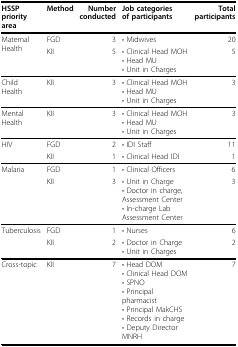
<table><thead><tr><td><b>HSSP priority area</b></td><td><b>Method</b></td><td><b>Number conducted</b></td><td><b>Job categories of participants</b></td><td><b>Total participants</b></td></tr></thead><tbody><tr><td rowspan="2">Maternal Health</td><td>FGD</td><td>3</td><td>• Midwives</td><td>20</td></tr><tr><td>KII</td><td>5</td><td>• Clinical Head MOH• Head MU• Unit in Charges</td><td>5</td></tr><tr><td>Child Health</td><td>KII</td><td>3</td><td>• Clinical Head MOH• Head MU• Unit in Charges</td><td>3</td></tr><tr><td>Mental Health</td><td>KII</td><td>3</td><td>• Clinical Head MOH• Head MU• Unit in Charges</td><td>3</td></tr><tr><td rowspan="2">HIV</td><td>FGD</td><td>2</td><td>• IDI Staff</td><td>11</td></tr><tr><td>KII</td><td>1</td><td>• Clinical Head IDI</td><td>1</td></tr><tr><td rowspan="2">Malaria</td><td>FGD</td><td>1</td><td>• Clinical Officers</td><td>6</td></tr><tr><td>KII</td><td>3</td><td>• Unit in Charge• Doctor in charge, Assessment Center• In-charge Lab Assessment Center</td><td>3</td></tr><tr><td rowspan="2">Tuberculosis</td><td>FGD</td><td>1</td><td>• Nurses</td><td>6</td></tr><tr><td>KII</td><td>2</td><td>• Doctor in Charge• Unit in Charges</td><td>2</td></tr><tr><td>Cross-topic</td><td>KII</td><td>7</td><td>• Head DOM• Clinical Head DOM• SPNO• Principal pharmacist• Principal MakCHS• Records in charge• Deputy Director MNRH</td><td>7</td></tr></tbody></table>